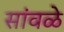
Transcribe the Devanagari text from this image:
सांवळे